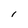
Character: 1